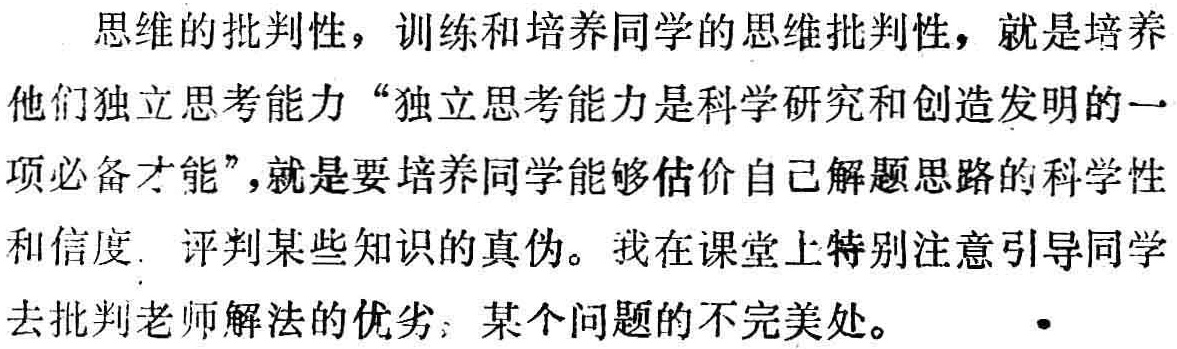
思维的批判性，训练和培养同学的思维批判性，就是培养他们独立思考能力“独立思考能力是科学研究和创造发明的一项必备才能”,就是要培养同学能够估价自己解题思路的科学性和信度. 评判某些知识的真伪。我在课堂上特别注意引导同学去批判老师解法的优劣；某个问题的不完美处。